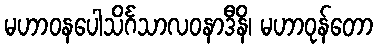
မဟာဝနပေါသိင်္ဂသာလဝနာဒီနိ၊ မဟာဝုန်တော